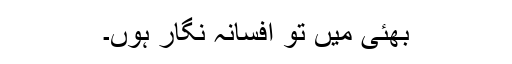
بھئی میں تو افسانہ نگار ہوں۔